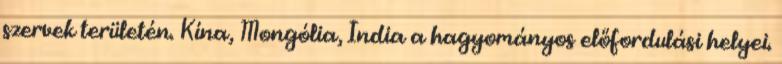
szervek területén. Kína, Mongólia, India a hagyományos előfordulási helyei.